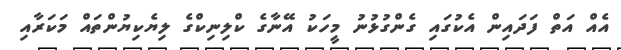
އެއް އަތް ފަދައިން އެކުގައި ގެންގުޅުނު މީހަކު އޭނާގެ ކްލިނިކްގެ ލިޔެކިޔުންތައް މަކަރާއި